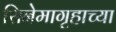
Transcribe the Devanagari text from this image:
सिनेमागृहाच्या